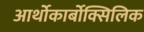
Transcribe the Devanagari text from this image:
आर्थोकार्बोक्सिलिक